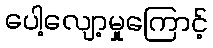
ပေါ့လျော့မှုကြောင့်